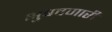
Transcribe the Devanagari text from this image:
भुषवणारी